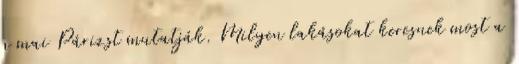
a mai Párizst mutatják. Milyen lakásokat keresnek most a